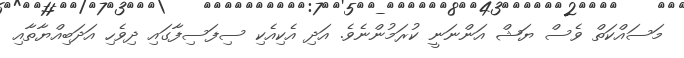
މަސައްކަތް ވެސް ޔަޝް އަންނަނީ ކުރަމުންނެވެ. އަދި އެކިއެކި ސިފަސިފާގައި ދިވެހި އަދަބިއްޔާތާއި